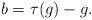
LaTeX: \begin{align*}b &= \tau(g) - g.\end{align*}